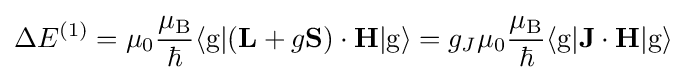
\Delta E^{(1)}=\mu _{0}{\frac {\mu _{\rm {B}}}{\hbar }}\langle \mathrm {g} |(\mathbf {L} +g\mathbf {S} )\cdot \mathbf {H} |\mathrm {g} \rangle =g_{J}\mu _{0}{\frac {\mu _{\rm {B}}}{\hbar }}\langle \mathrm {g} |\mathbf {J} \cdot \mathbf {H} |\mathrm {g} \rangle